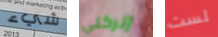
شيء إتركني لست